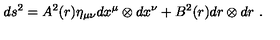
d s ^ { 2 } = A ^ { 2 } ( r ) \eta _ { \mu \nu } d x ^ { \mu } \otimes d x ^ { \nu } + B ^ { 2 } ( r ) d r \otimes d r \ .